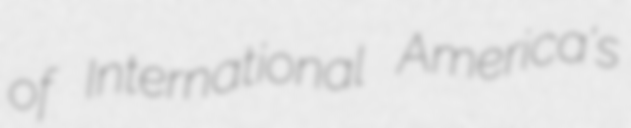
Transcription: of International America's